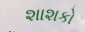
શાશકો